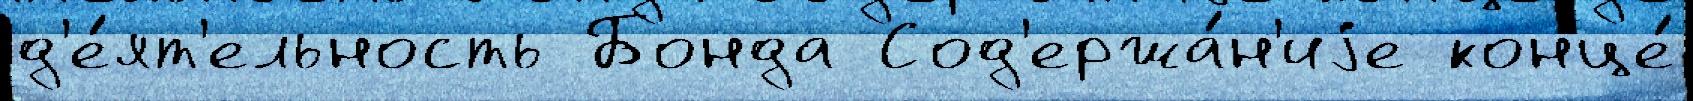
д'е́ят'ельность Бонда Сод'ержа́н'иjе конце́